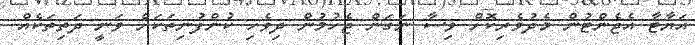
އަޔާޓާ އެޖެންޓުން މެދުވެރިކޮށް ވިސާ ނަގަން ޖެހުމުން ދިވެހި ކުންފުނިތަކަށް ވަނީ ދަތިތަކެއް